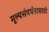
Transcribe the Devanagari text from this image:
मूल्यसंवर्धनासाठी